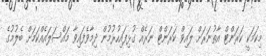
މިކަމަކީ ކަރަންޓް އާތުނަރަށް ލައިވް ކަރަންޓް ނަރެއް ގުޅިފައިހުރުމުން ދިމާވެފައިވާ މައްސަލައެއްކަމަށް ބެލުމުގެ